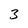
Character: 3